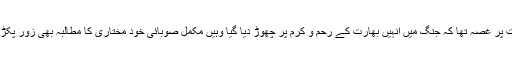
مشرقی پاکستان میں جہاں اس بات پر غصہ تھا کہ جنگ میں انہیں بھارت کے رحم و کرم پر چھوڑ دیا گیا وہیں مکمل صوبائی خود مختاری کا مطالبہ بھی زور پکڑ گیا اور مظاہرے شروع ہوگئے۔